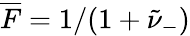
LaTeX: \overline{{F}}=1/(1+\tilde{\nu}_{-})